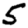
Digit: 5